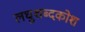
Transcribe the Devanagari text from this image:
लघुशब्दकोश